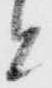
と